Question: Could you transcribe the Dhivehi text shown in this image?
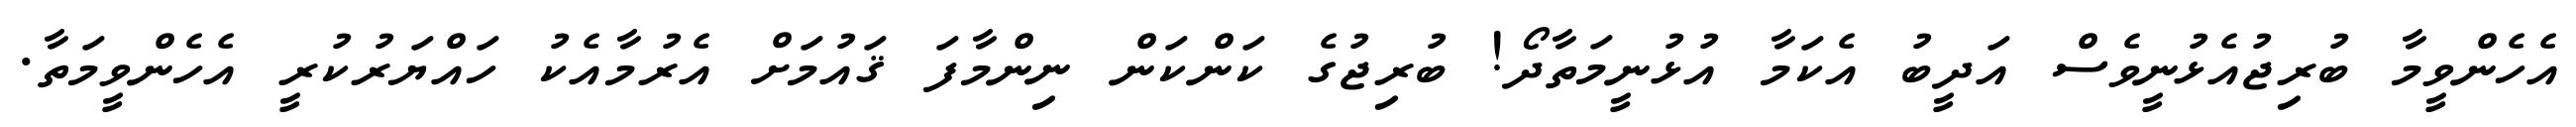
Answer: އެހެންވީމާ ބުރިޖުއެޅުނީވެސް އަދީބު އެކަމާ އުޅުނީމަތާދޯ! ބުރިޖުގެ ކަންކަން ނިންމާފަ ޤައުމަށް އެރުމާއެކު ހައްޔަރުކުރީ އެހެންވީމަތާ.